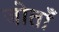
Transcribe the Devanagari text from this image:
जोताँ